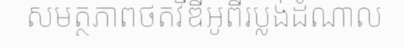
សមត្ថភាពថតវីឌីអូពីរប្លង់ដំណាល